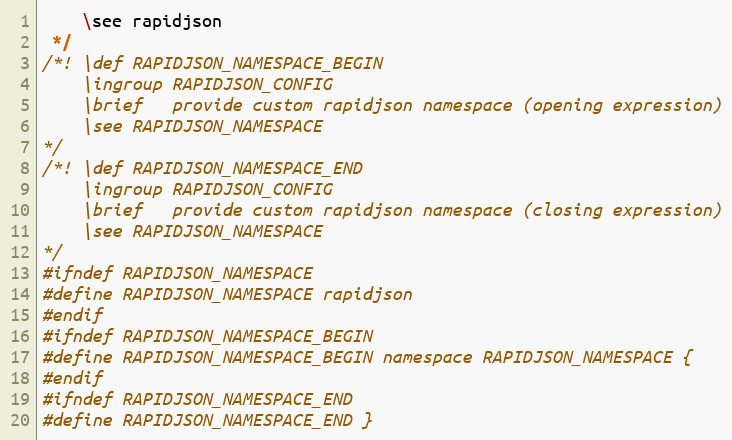
Language: C
    \see rapidjson
 */
/*! \def RAPIDJSON_NAMESPACE_BEGIN
    \ingroup RAPIDJSON_CONFIG
    \brief   provide custom rapidjson namespace (opening expression)
    \see RAPIDJSON_NAMESPACE
*/
/*! \def RAPIDJSON_NAMESPACE_END
    \ingroup RAPIDJSON_CONFIG
    \brief   provide custom rapidjson namespace (closing expression)
    \see RAPIDJSON_NAMESPACE
*/
#ifndef RAPIDJSON_NAMESPACE
#define RAPIDJSON_NAMESPACE rapidjson
#endif
#ifndef RAPIDJSON_NAMESPACE_BEGIN
#define RAPIDJSON_NAMESPACE_BEGIN namespace RAPIDJSON_NAMESPACE {
#endif
#ifndef RAPIDJSON_NAMESPACE_END
#define RAPIDJSON_NAMESPACE_END }